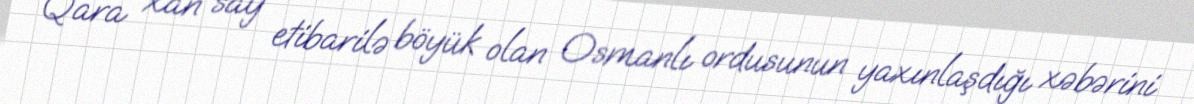
Qara xan say etibarilə böyük olan Osmanlı ordusunun yaxınlaşdığı xəbərini